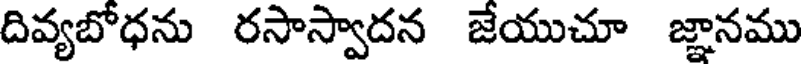
దివ్యబోధను రసాస్వాదన జేయుచూ జ్ఞానము